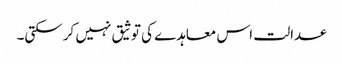
عدالت اس معاہدے کی توثیق نہیں کرسکتی۔